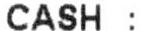
CASH :